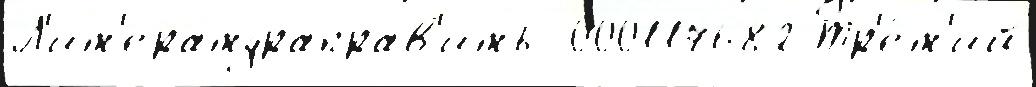
Л'ит'ератураправ'ить  000117682 Тр'е́т'ий